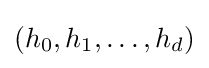
(h_{0},h_{1},\dotsc ,h_{d})